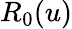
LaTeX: R_{0}(u)